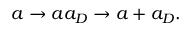
a \rightarrow a a _ { D } \rightarrow a + a _ { D } .